Annual report on the lock hospitals of the Madras Presidency
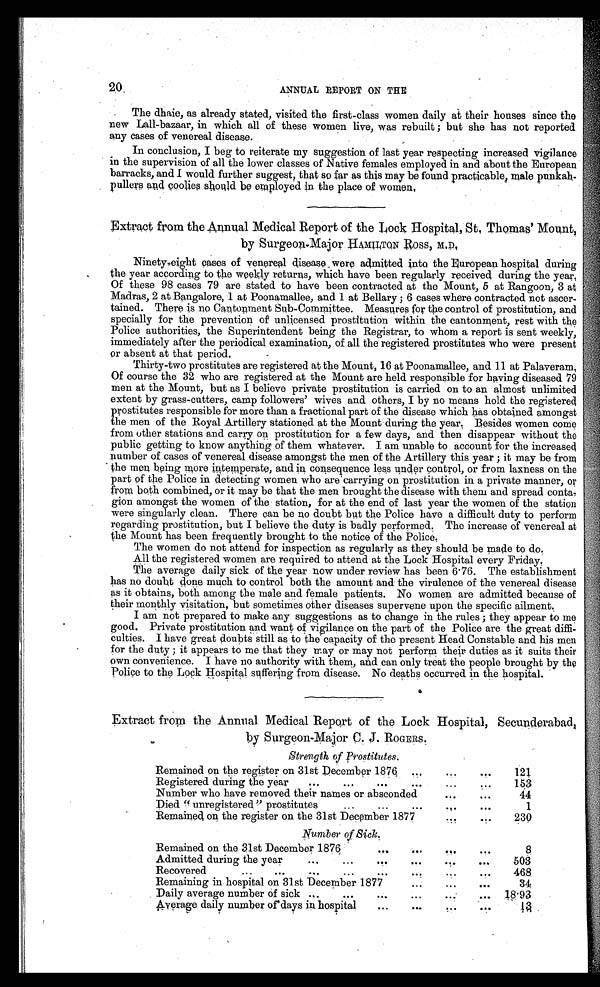
20
ANNUAL REPORT ON THE
The dhaie, as already stated, visited the first-class women daily at their houses since the
new Lall-bazaar, in which all of these women live, was rebuilt; but she has not reported
any cases of venereal disease.
In conclusion, I beg to reiterate my suggestion of last year respecting increased vigilance
in the supervision of all the lower classes of Native females employed in and about the European
barracks, and I would further suggest, that so far as this may be found practicable, male punkah-
pullers and coolies should be employed in the place of women.
Extract from the Annual Medical Report of the Lock Hospital, St, Thomas' Mount,
by Surgeon-Major HAMILTON Ross, M.D.
Ninety-eight cases of venereal disease were admitted into the European hospital during
the year according to the weekly returns, which have been regularly received during the year.
Of these 98 cases 79 are stated to have been contracted at the Mount, 5 at Rangoon, 3 at
Madras, 2 at Bangalore, 1 at Poonamallee, and 1 at Bellary; 6 cases where contracted not ascer-
tained. There is no Cantonment Sub-Committee. Measures for the control of prostitution, and
specially for the prevention of unlicensed prostitution within the cantonment, rest with the
Police authorities, the Superintendent being the Registrar, to whom a report is sent weekly,
immediately after the periodical examination, of all the registered prostitutes who were present
or absent at that period.
Thirty-two prostitutes are registered at the Mount, 16 at Poonamallee, and 11 at Palaveram.
Of course the 32 who are registered at the Mount are held responsible for having diseased 79
men at the Mount, but as I believe private prostitution is carried on to an almost unlimited
extent by grass-cutters, camp followers' wives and others, I by no means hold the registered,
prostitutes responsible for more than a fractional part of the disease which has obtained amongst
the men of the Royal Artillery stationed at the Mount during the year. Besides women come
from other stations and carry on prostitution for a few days, and then disappear without the
public getting to know anything of them whatever. I am unable to account for the increased
number of cases of venereal disease amongst the men of the Artillery this year; it may be from
the men being more intemperate, and in consequence less under control, or from laxness on the
part of the Police in detecting women who are carrying on prostitution in a private manner, or
from both combined, or it may be that the men brought the disease with them and spread conta
-gion amongst the women of the station, for at the end of last year the women of the station
were singularly clean. There can be no doubt but the Police have a difficult duty to perform
regarding prostitution, but I believe the duty is badly performed. The increase of venereal at
the Mount has been frequently brought to the notice of the Police.
The women do not attend for inspection as regularly as they should be made to do.
All the registered women are required to attend at the Lock Hospital every Friday.
The average daily sick of the year now under review has been 6.76. The establishment
has no doubt done much to control both the amount and the virulence of the venereal disease
as it obtains, both among the male and female patients. No women are admitted because of
their monthly visitation, but sometimes other diseases supervene upon the specific ailment.
I am not prepared to make any suggestions as to change in the rules; they appear to me
good. Private prostitution and want of vigilance on the part of the Police are the great diffi-
culties. I have great doubts still as to the capacity of the present Head Constable and his men
for the duty; it appears to me that they may or may not perform their duties as it suits their
own convenience. I have no authority with them, and can only treat the people brought by the
Police to the Lock Hospital suffering from disease. No deaths occurred in the hospital.
Extract from the Annual Medical Report of the Lock Hospital, Secunderabad,
by Surgeon-Major C. J. ROGERS.
Strength of Prostitutes.
Remained on the register on 31st December 1876
...
. . .
. . .
121
Registered during the year
...
...
...
..
...
. . .
153
Number who have removed their names or absconded
...
. . .
44
Died "unregistered" prostitutes
...
...
...
. . .
. . .
1
Remained on the register on the 31st December 1877
. . .
. . . 230
Number of Sick.
Remained on the 31st December 1876
...
. . .
. .
. .
8
Admitted during the year
. . . . . ...
. . .
. . .
. . .
503
Recovered
...
...
.....
....
. . .
. . .
468
Remaining in hospital on 31st December 1877
. . .
...
. . .
34
Daily average number of sick ...
...
...
. . .
...
1 8 . 9 3
Average daily number of days in hospital
...
. . .
. .
...
1 3